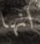
انها